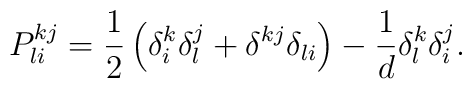
P^{kj}_{li} = \frac12\left(\delta^k_i\delta^j_l +\delta^{kj}\delta_{li}   \right) - \frac1d \delta^k_l \delta^j_i.